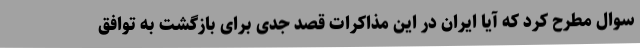
سوال مطرح کرد که آیا ایران در این مذاکرات قصد جدی برای بازگشت به توافق